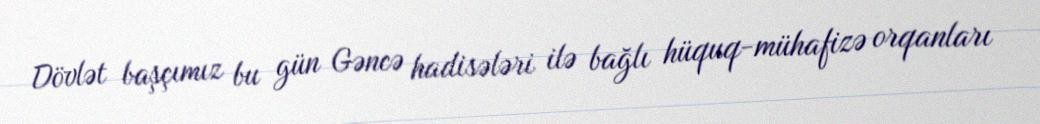
Dövlət başçımız bu gün Gəncə hadisələri ilə bağlı hüquq-mühafizə orqanları